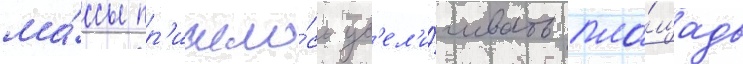
ма́ссы пр'ишло́сь ув'ел'и́чивать пло́щадь